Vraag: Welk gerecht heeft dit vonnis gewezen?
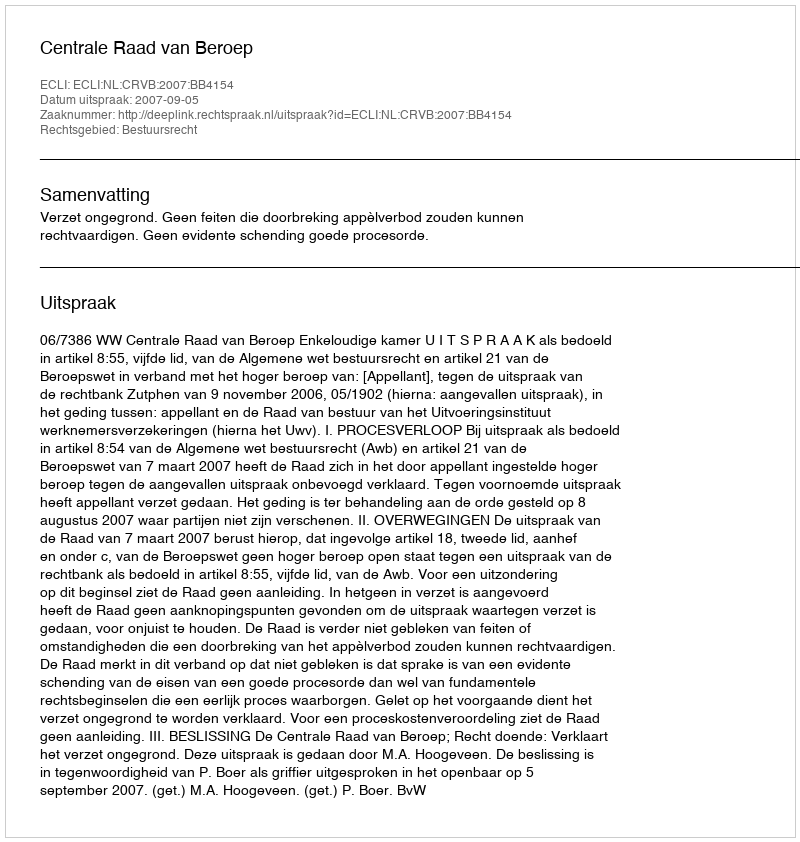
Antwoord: Centrale Raad van Beroep